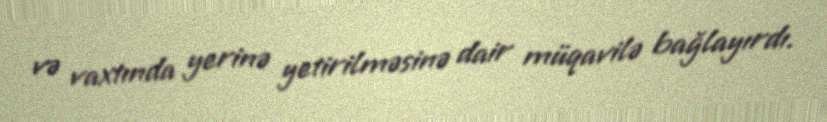
və vaxtında yerinə yetirilməsinə dair müqavilə bağlayırdı.